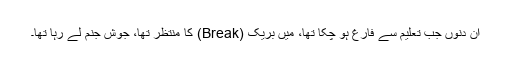
ان دنوں جب تعلیم سے فارغ ہو چکا تھا، میں بریک (Break) کا منتظر تھا، جوش جنم لے رہا تھا۔